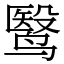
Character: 鹥